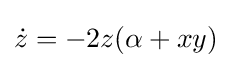
{\dot {z}}=-2z(\alpha +xy)